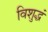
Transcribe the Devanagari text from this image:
विशुद्धं